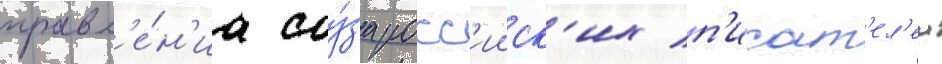
правл'е́н'иа соу́за росс'ииск'их п'исат'ел'еи